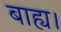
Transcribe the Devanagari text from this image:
बाह्य।